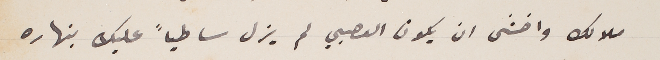
ملالك واخشى ان يكون العصبي لم يزل ساطياً عليك بنهاره